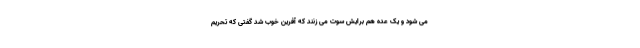
می شود و یک عده هم برایش سوت می زنند که آفرین خوب شد گفتی که تحریم